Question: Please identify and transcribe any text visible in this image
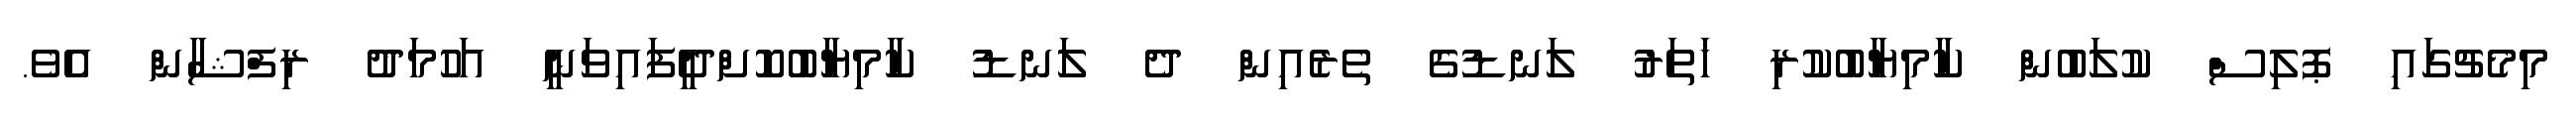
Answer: މިމެޗުގައި ޕޮލިސް ކުލަބުން ކާމިޔާބުކުރި ހަތަރު ލަނޑުގެ ތެރެއިން ދެ ލަނޑު ކާމިޔާބުކޮށްދީފައިވަނީ އަހުމަދު ރިފްޝާން އެވެ.